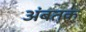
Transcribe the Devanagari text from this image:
अंबतक